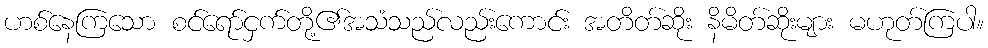
ဟစ်နေကြသော စင်ရော်ငှက်တို့၏အသံသည်လည်းကောင်း အတိတ်ဆိုး နိမိတ်ဆိုးများ မဟုတ်ကြပါ။